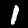
Digit: 1